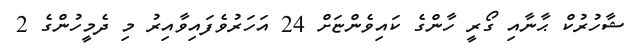
ޝާހުރުކް ޙާނާއި ގޯރީ ހާންގެ ކައިވެންޏަށް 24 އަހަރުވެފައިވާއިރު މި ދެމީހުންގެ 2